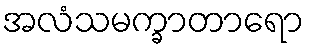
အလံသမက္ခာတာရော